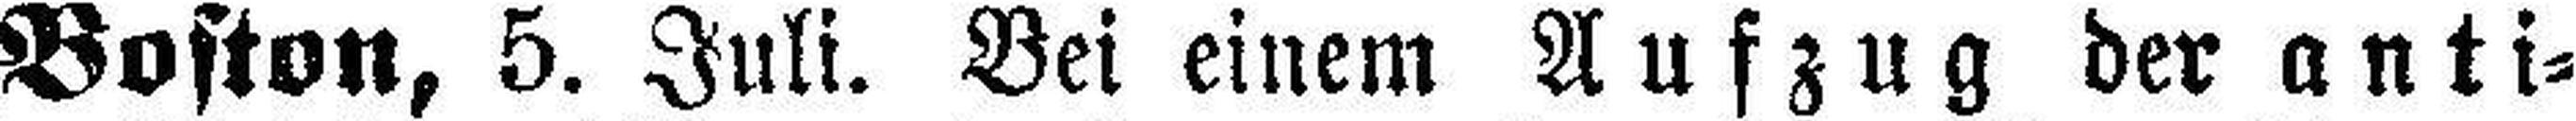
Boston, 5. Juli. Bei einem Aufzug der anti¬